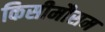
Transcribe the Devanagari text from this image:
किसीमौसम